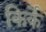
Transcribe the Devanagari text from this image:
किर्के